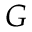
G